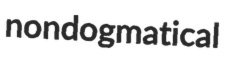
nondogmatical